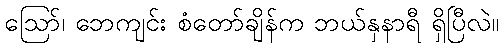
ဪ၊ ဘေကျင်း စံတော်ချိန်က ဘယ်နှနာရီ ရှိပြီလဲ။